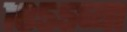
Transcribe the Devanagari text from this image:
१८५५च्या